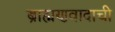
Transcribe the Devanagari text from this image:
ब्राह्मणवादाची